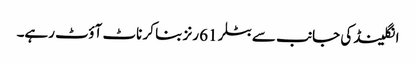
انگلینڈ کی جانب سے بٹلر 61 رنز بنا کر ناٹ آؤٹ رہے۔